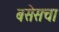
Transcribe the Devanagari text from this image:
बसेसचा